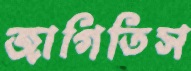
জাগিতিস